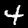
Label: 4